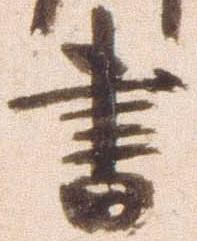
書